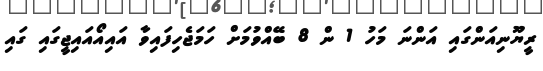
ރީޔޫނިއަންގައި އަންނަ މަހު 1 ން 8 ބޭއްވުމަށް ހަމަޖެހިފައިވާ އައިއޯއައިޖީގައި ގައި